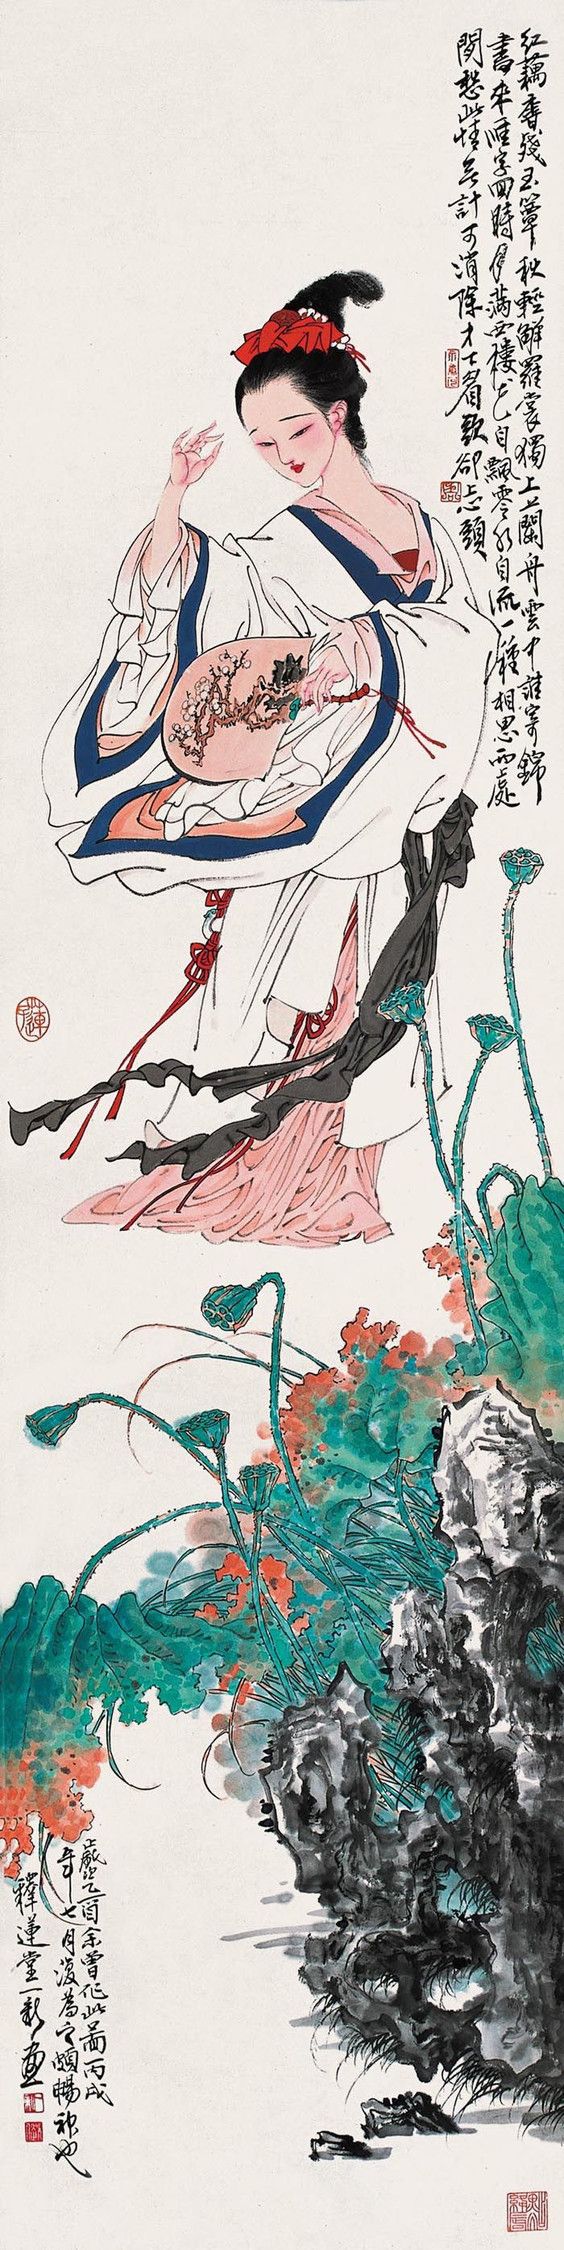
轻解罗裳，独上兰舟。